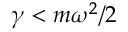
\gamma < m \omega ^ { 2 } / 2